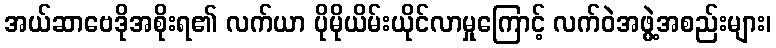
အယ်ဆာဗေဒိုအစိုးရ၏ လက်ယာ ပိုမိုယိမ်းယိုင်လာမှုကြောင့် လက်ဝဲအဖွဲ့အစည်းများ၊